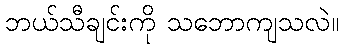
ဘယ်သီချင်းကို သဘောကျသလဲ။